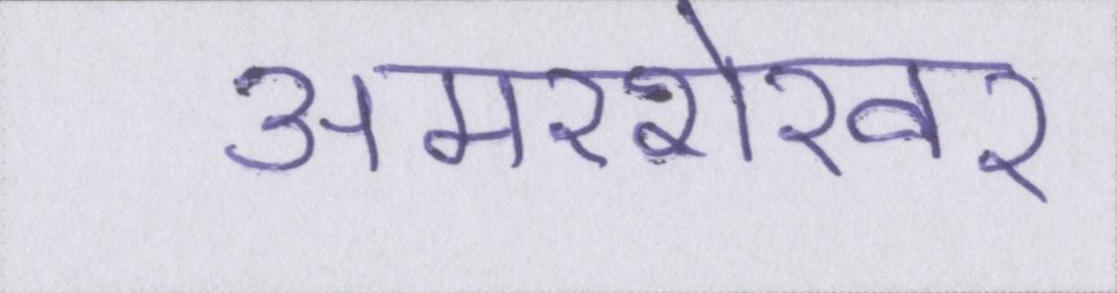
अमरशेखर